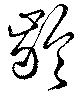
齡